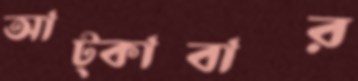
আট্‌কাবার